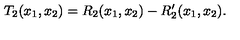
T _ { 2 } ( x _ { 1 } , x _ { 2 } ) = R _ { 2 } ( x _ { 1 } , x _ { 2 } ) - R _ { 2 } ^ { \prime } ( x _ { 1 } , x _ { 2 } ) .